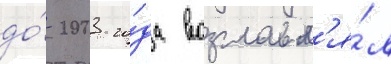
до́ 2003 го́да возглавл'я́л